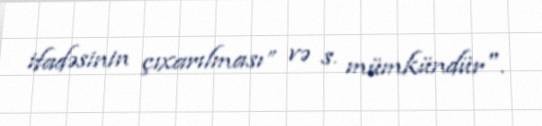
ifadəsinin çıxarılması” və s. mümkündür".